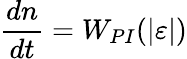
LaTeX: \frac{dn}{dt}=W_{PI}(|\varepsilon|)